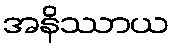
အနိဿာယ